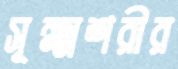
সূক্ষ্মশরীর